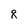
Character: 8